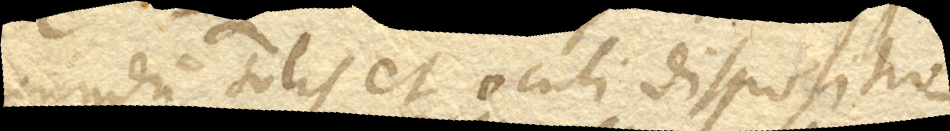
secundum solis et oculi dispositio–